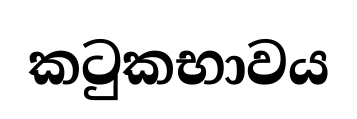
කටුකභාවය